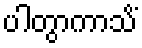
ပါတွာကာသိံ